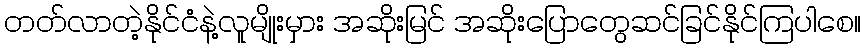
တတ်လာတဲ့နိုင်ငံနဲ့လူမျိုးမှား အဆိုးမြင် အဆိုးပြောတွေဆင်ခြင်နိုင်ကြပါစေ။